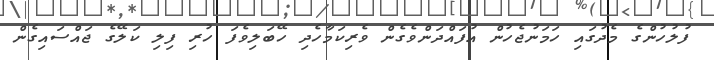
ފުލުހުންގެ މެދުގައި ހަމަނުޖެހުން އުފައްދަންވެގެން ވެރިކަމާހެދި ހޭބަލިވެފަ ހުރި ފިލި ކަލޭގެ ޖައްސައިގެން